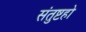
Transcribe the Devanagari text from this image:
संतुष्टहो